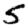
Digit: 5